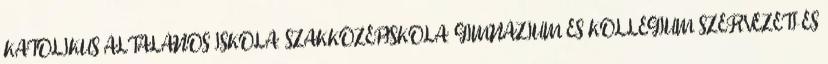
KATOLIKUS ÁLTALÁNOS ISKOLA, SZAKKÖZÉPISKOLA, GIMNÁZIUM ÉS KOLLÉGIUM SZERVEZETI ÉS